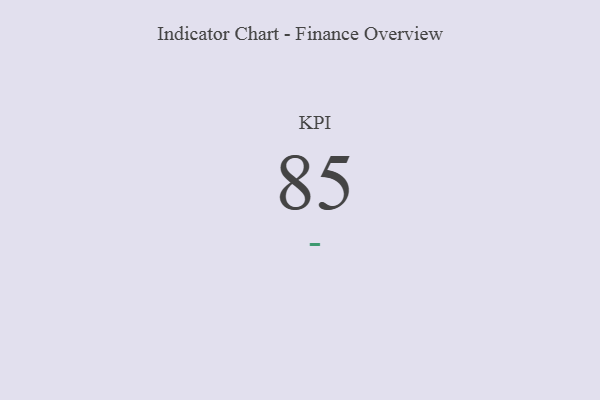
{"axis": {"x": "KPI", "y": "Value"}, "legend": [""], "data": [{"x": "KPI", "y": 85, "type": ""}]}